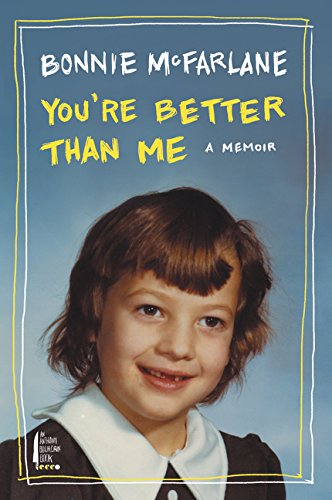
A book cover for You're Better Than Me: A Memoir; Bonnie McFarlane; Humor & Entertainment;